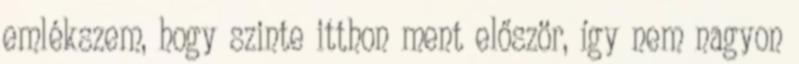
emlékszem, hogy szinte itthon ment először, így nem nagyon